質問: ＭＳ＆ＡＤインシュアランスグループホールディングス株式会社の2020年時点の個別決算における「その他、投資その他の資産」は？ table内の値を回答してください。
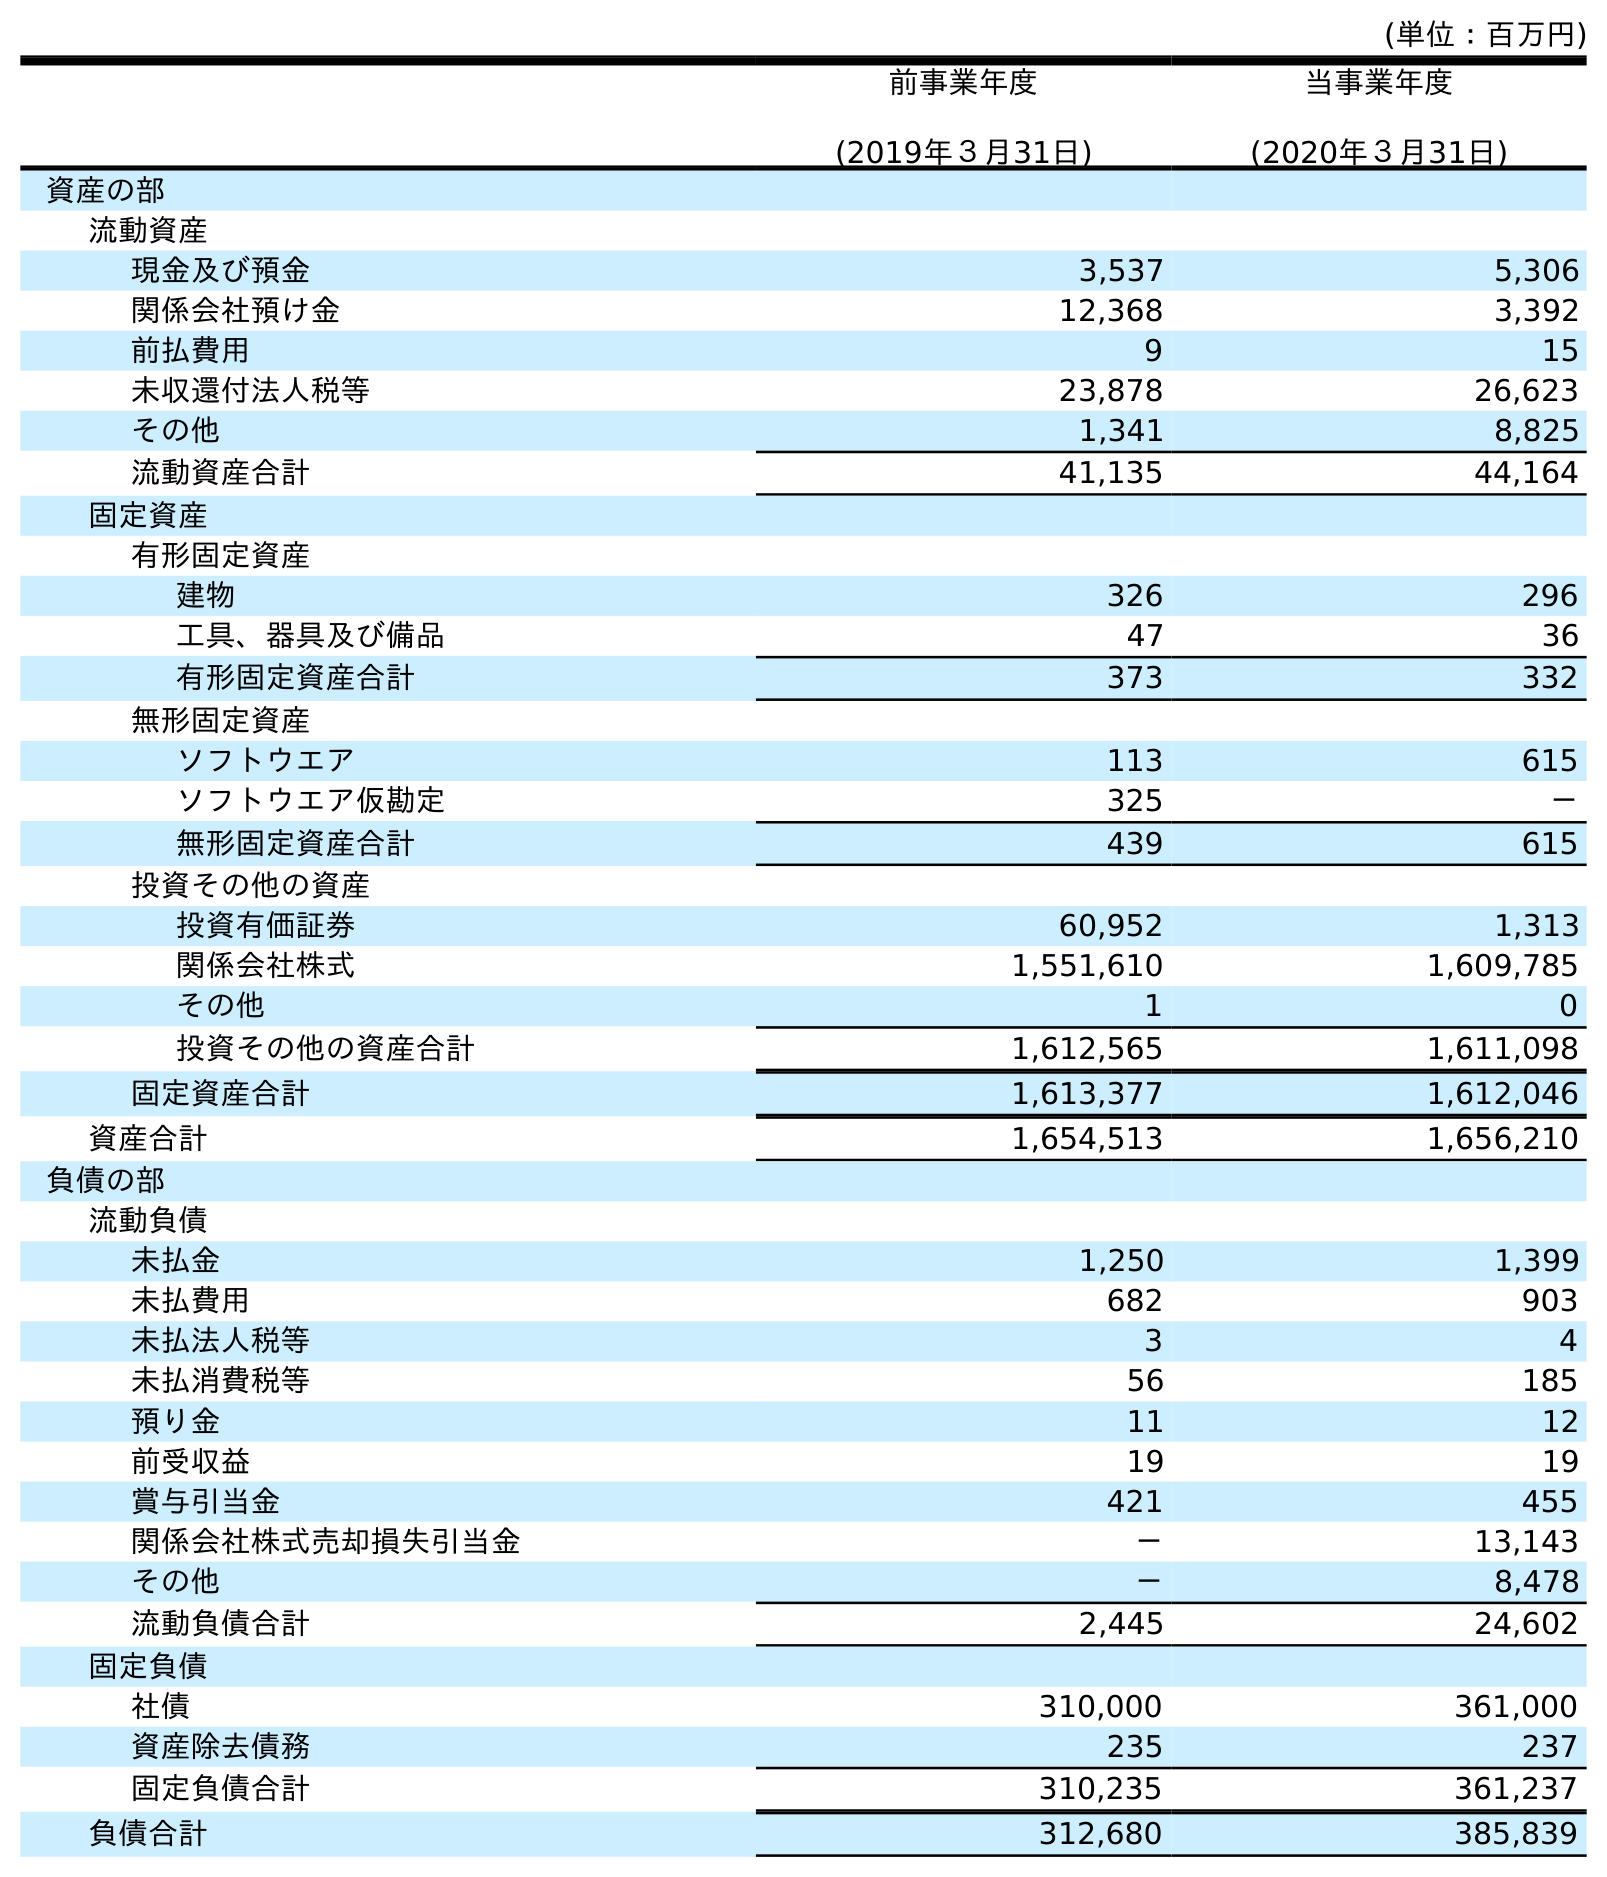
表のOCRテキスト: (単位：百万円) 前事業年度 (2019年３月31日) 当事業年度 (2020年３月31日) 資産の部 流動資産 現金及び預金 3,537 5,306 関係会社預け金 12,368 3,392 前払費用 9 15 未収還付法人税等 23,878 26,623 その他 1,341 8,825 流動資産合計 41,135 44,164 固定資産 有形固定資産 建物 326 296 工具、器具及び備品 47 36 有形固定資産合計 373 332 無形固定資産 ソフトウエア 113 615 ソフトウエア仮勘定 325 － 無形固定資産合計 439 615 投資その他の資産 投資有価証券 60,952 1,313 関係会社株式 1,551,610 1,609,785 その他 1 0 投資その他の資産合計 1,612,565 1,611,098 固定資産合計 1,613,377 1,612,046 資産合計 1,654,513 1,656,210 負債の部 流動負債 未払金 1,250 1,399 未払費用 682 903 未払法人税等 3 4 未払消費税等 56 185 預り金 11 12 前受収益 19 19 賞与引当金 421 455 関係会社株式売却損失引当金 － 13,143 その他 － 8,478 流動負債合計 2,445 24,602 固定負債 社債 310,000 361,000 資産除去債務 235 237 固定負債合計 310,235 361,237 負債合計 312,680 385,839
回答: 0